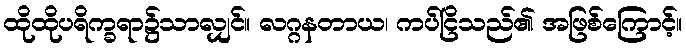
ထိုထိုပရိက္ခရာ၌သာလျှင်။ လဂ္ဂနတာယ၊ ကပ်ငြိသည်၏ အဖြစ်ကြောင့်။